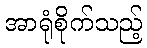
အာရုံစိုက်သည့်